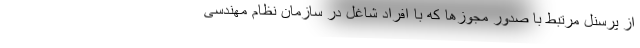
از پرسنل مرتبط با صدور مجوزها که با افراد شاغل در سازمان نظام مهندسی